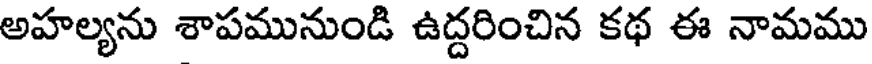
అహల్యను శాపమునుండి ఉద్దరించిన కథ ఈ నామము